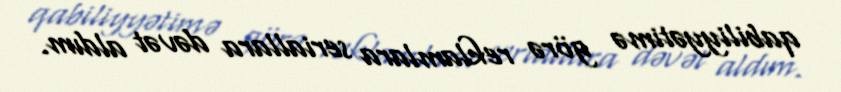
qabiliyyətimə görə reklamlara seriallara dəvət aldım.